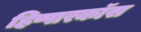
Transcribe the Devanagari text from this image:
हिप्पारकॉस